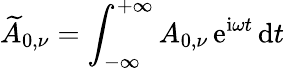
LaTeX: \widetilde{A}_{0,\nu}=\int_{-\infty}^{+\infty}A_{0,\nu}\, \mathrm{e}^{\mathrm{i}\omega t}\, \mathrm{d}t